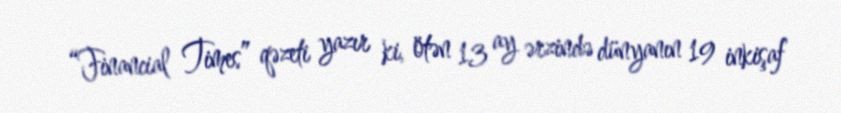
“Financial Times” qəzeti yazır ki, ötən 13 ay ərzində dünyanın 19 inkişaf